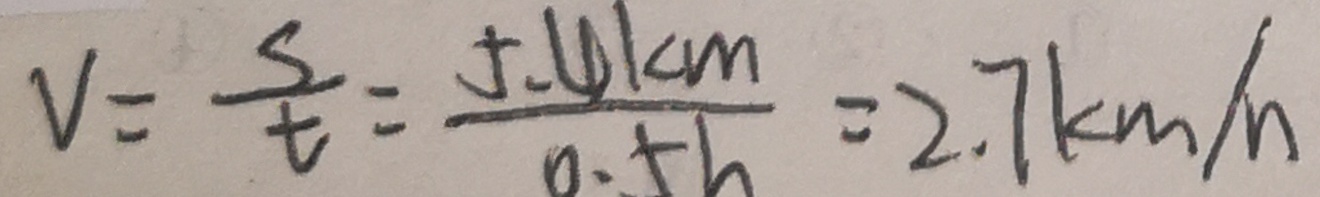
V = \frac { s } { t } = \frac { 5 . 4 k m } { 0 . 5 h } = 2 . 7 k m / h